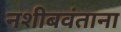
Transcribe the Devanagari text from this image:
नशीबवंताना